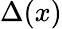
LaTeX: \Delta(x)